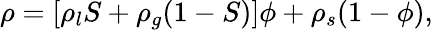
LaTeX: \rho=\left[\rho_{l}S+\rho_{g}(1-S)\right]\phi+\rho_{s}(1-\phi),